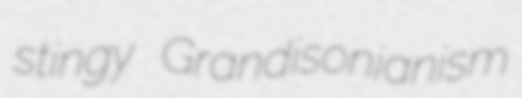
stingy Grandisonianism